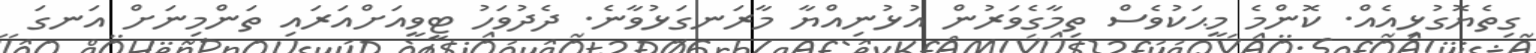
ގިތެޔޮގުޅިއެއް. ކޮންމެ މީޙަކުވެސް ތިމާގެވަރުން އުޅުނިއްޔާ މާރަނގަޅުވާނެ. ދެދުވަހު ޓީވީއަށްއަރައި ތަންމިނަށް އަނގަ